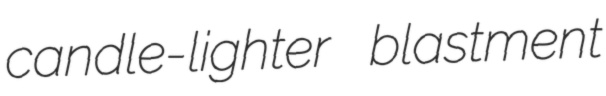
candle-lighter blastment